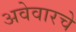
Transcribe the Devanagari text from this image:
अवेवारचे